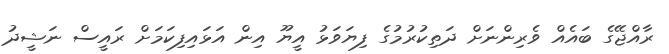
ރާއްޖޭގެ ބައެއް ވެރިންނަށް ދަތިކުރުމުގެ ފިޔަވަޅު އީޔޫ އިން އަޅައިފިކަމަށް ރައީސް ނަޝީދު